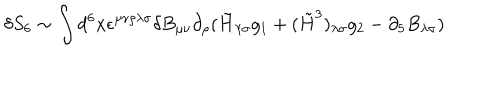
LaTeX: \delta S _ { 6 } \sim \int d ^ { 6 } x \epsilon ^ { \mu \nu \rho \lambda \sigma } \delta B _ { \mu \nu } \partial _ { \rho } ( \tilde { H } _ { \lambda \sigma } g _ { 1 } + ( \tilde { H } ^ { 3 } ) _ { \lambda \sigma } g _ { 2 } - \partial _ { 5 } B _ { \lambda \sigma } )